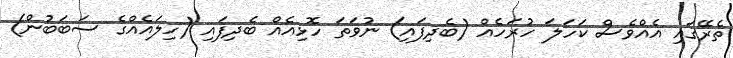
ތެރޭގައި އެއްވެސް ކަހަލަ ހުރަހެއް (ބެދިފައި) ނުވަތަ ހޮޅިއެއް ބެދިފައި (ހިލައެއްގެ ސަބަބުން)